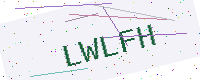
Text: LWLFH